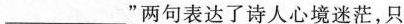
___”两句表达了诗人心境迷茫，只